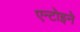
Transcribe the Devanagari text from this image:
एन्टोइने